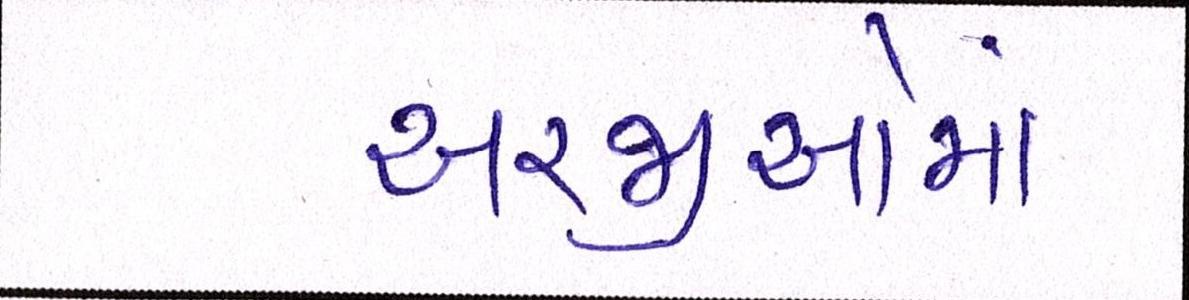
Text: અરજીઓમાં